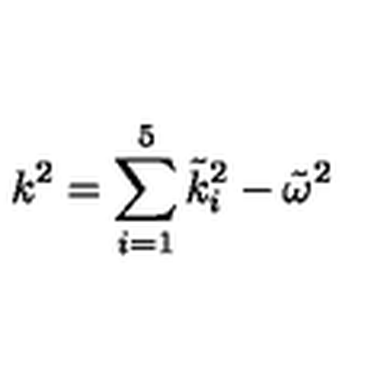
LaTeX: k ^ { 2 } = \sum _ { i = 1 } ^ { 5 } \tilde { k } _ { i } ^ { 2 } - \tilde { \omega } ^ { 2 }